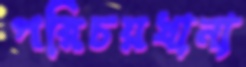
পরিচয়খানা